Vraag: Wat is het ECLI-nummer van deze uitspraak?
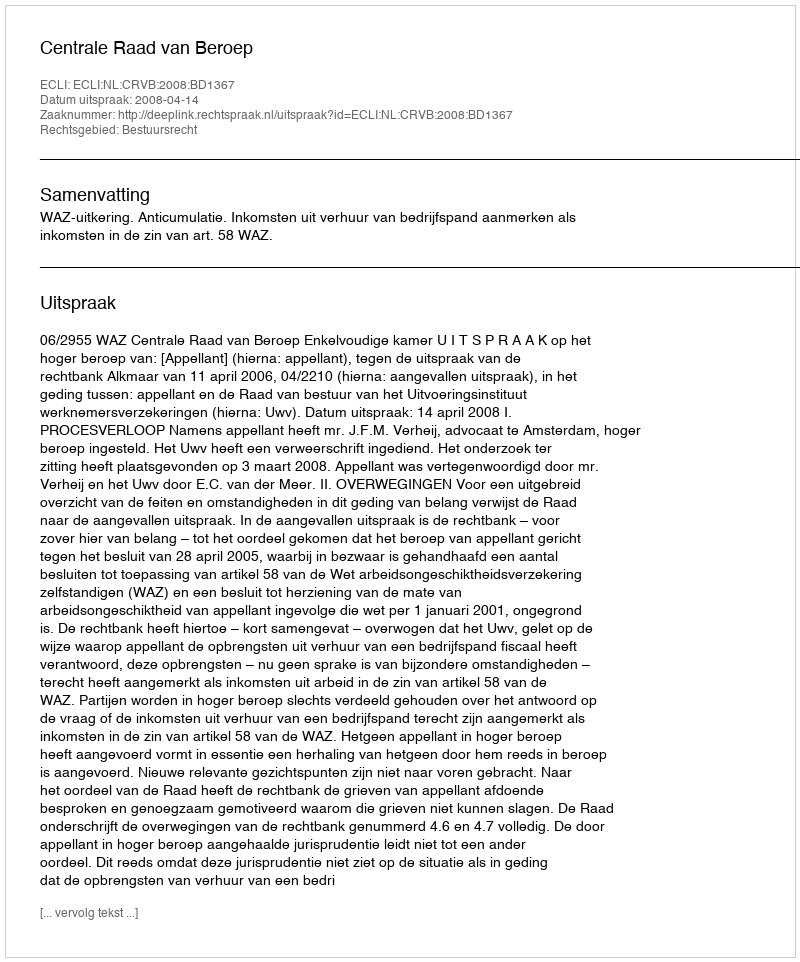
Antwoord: ECLI:NL:CRVB:2008:BD1367